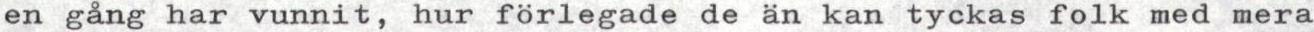
en gång har vunnit, hur förlegade de än kan tyckas folk med mera